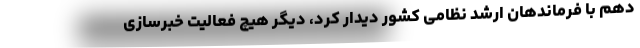
دهم با فرماندهان ارشد نظامی کشور دیدار کرد، دیگر هیچ فعالیت خبرسازی